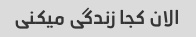
الان کجا زندگی میکنی